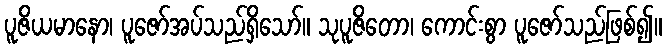
ပူဇိယမာနော၊ ပူဇော်အပ်သည်ရှိသော်။ သုပူဇိတော၊ ကောင်းစွာ ပူဇော်သည်ဖြစ်၍။